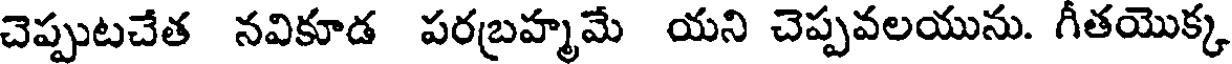
చెప్పుటచేత నవికూడ పరబ్రహ్మమే యని చెప్పవలయును. గీతయొక్క